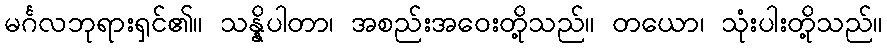
မင်္ဂလဘုရားရှင်၏။ သန္နိပါတာ၊ အစည်းအဝေးတို့သည်။ တယော၊ သုံးပါးတို့သည်။